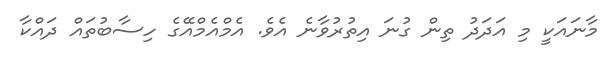
މާނައަކީ މި އަދަދު ތިން ގުނަ އިތުރުވާނެ އެވެ. އެމްއެމްއޭގެ ހިސާބުތައް ދައްކާ